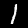
Label: 1